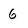
Character: 6